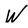
Character: W